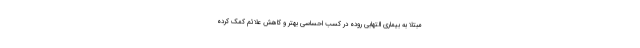
مبتلا به بیماری التهابی روده در کسب احساسی بهتر و کاهش علائم کمک کرده